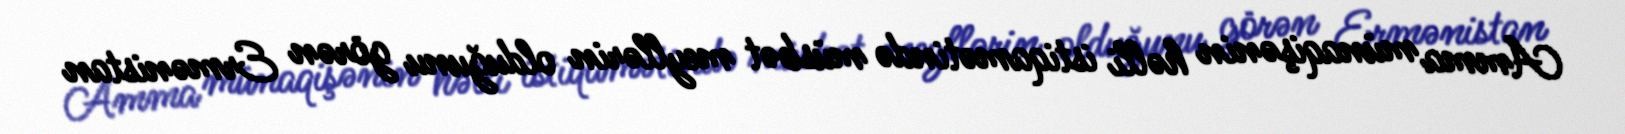
Amma münaqişənin həlli istiqamətində müsbət meyllərin olduğunu görən Ermənistan